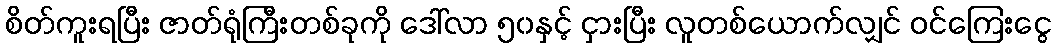
စိတ်ကူးရပြီး ဇာတ်ရုံကြီးတစ်ခုကို ဒေါ်လာ ၅၀နှင့် ငှားပြီး လူတစ်ယောက်လျှင် ဝင်ကြေးငွေ